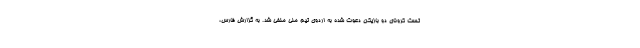
تست کرونای دو بازیکن دعوت شده به اردوی تیم ملی منفی شد. به گزارش فارس،